Scottish Leaving Certificate Examination, 1955
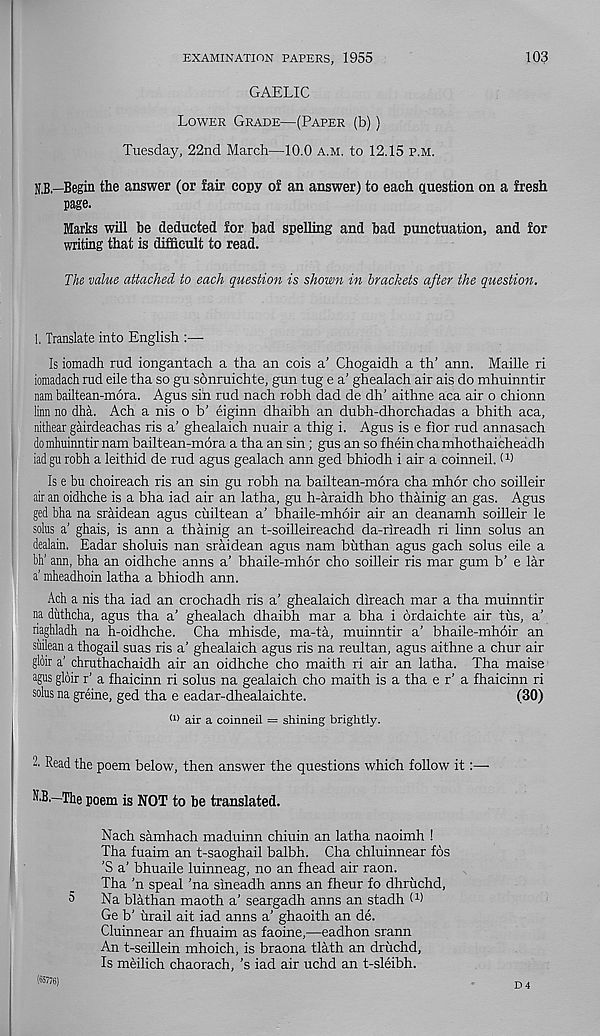
EXAMINATION PAPERS, 1955
103
GAELIC
Lower Grade—(Paper (b))
Tuesday, 22nd March—10.0 a.m. to 12.15 p.m.
iB—Begin the answer (or fair copy of an answer) to each question on a fresh
page.
Marks will be deducted for bad spelling and bad punctuation, and for
writing that is difficult to read.
The value attached to each question is shown in brachets after the question.
1, Translate into English :—
Is iomadh rud iongantach a tha an cois a’ Chogaidh a th’ ann. Maille ri
iomadach rud eile tha so gu sonruichte, gun tug e a’ ghealach air ais do mhuinntir
nam bailtean-mora. Agus sih rud nach robh dad de dh’ aithne aca air o chionn
linn no dha. Ach a nis o b’ eiginn dhaibh an dubh-dhorchadas a bhith aca,
nithear gairdeachas ris a’ ghealaich nuair a thig i. Agus is e fior rud annasach
do mhuinntir nam bailtean-mora a tha an sin; gus an so f hein cha mhothaicheadh
iad gu robh a leithid de rud agus gealach ann ged bhiodh i air a coinneil. t 1 )
Is e bu choireach ris an sin gu robh na bailtean-mora cha mhor cho soilleir
air an oidhche is a bha iad air an latha, gu h-araidh bho thainig an gas. Agus
ged bha na sraidean agus cuiltean a’ bhaile-mhoir air an deanamh soilleir le
solus a’ ghais, is ann a thainig an t-soilleireachd da-rireadh ri linn solus an
dealain. Eadar sholuis nan sraidean agus nam buthan agus gach solus eile a
bh’ ann, bha an oidhche anns a’ bhaile-mhor cho soilleir ris mar gum b’ e lar
a’ mheadhoin latha a bhiodh ann.
Ach a nis tha iad an crochadh ris a’ ghealaich direach mar a tha muinntir
na diithcha, agus tha a’ ghealach dhaibh mar a bha i ordaichte air tus, a’
riaghladh na h-oidhche. Cha mhisde, ma-ta, muinntir a’ bhaile-mhoir an
suilean a thogail suas ris a’ ghealaich agus ris na reultan, agus aithne a chur air
gloir a’ chruthachaidh air an oidhche cho maith ri air an latha. Tha maise
agus gloir r’ a fhaicinn ri solus na gealaich cho maith is a tha e r’ a fhaicinn ri
solus na greine, ged tha e eadar-dhealaichte.
(30)
(1) air a coinneil = shining brightly.
2. Read the poem below, then answer the questions which follow it:—-
N.B.—The poem is NOT to be translated.
Nach samhach maduinn chiuin an latha naoimh !
Tha fuaim an t-saoghail balbh. Cha chluinnear fos
'S a’ bhuaile luinneag, no an fhead air raon.
Tha 'n speal ’na sineadh anns an fheur fo dhriichd,
5
Na blathan maoth a’ seargadh anns an stadh l 1 )
Ge b’ hrail ait iad anns a’ ghaoith an de.
Cluinnear an fhuaim as faoine,—eadhon srann
An t-seillein mhoich, is braona tlath an druchd.
Is meilich chaorach, 's iad air uchd an t-sleibh.
(65776)
D 4